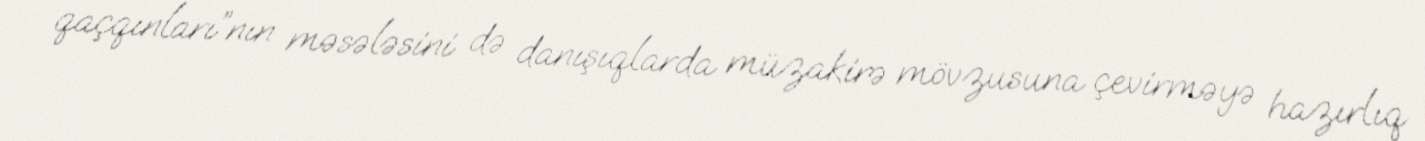
qaçqınları”nın məsələsini də danışıqlarda müzakirə mövzusuna çevirməyə hazırlıq